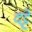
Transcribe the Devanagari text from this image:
दट्टे